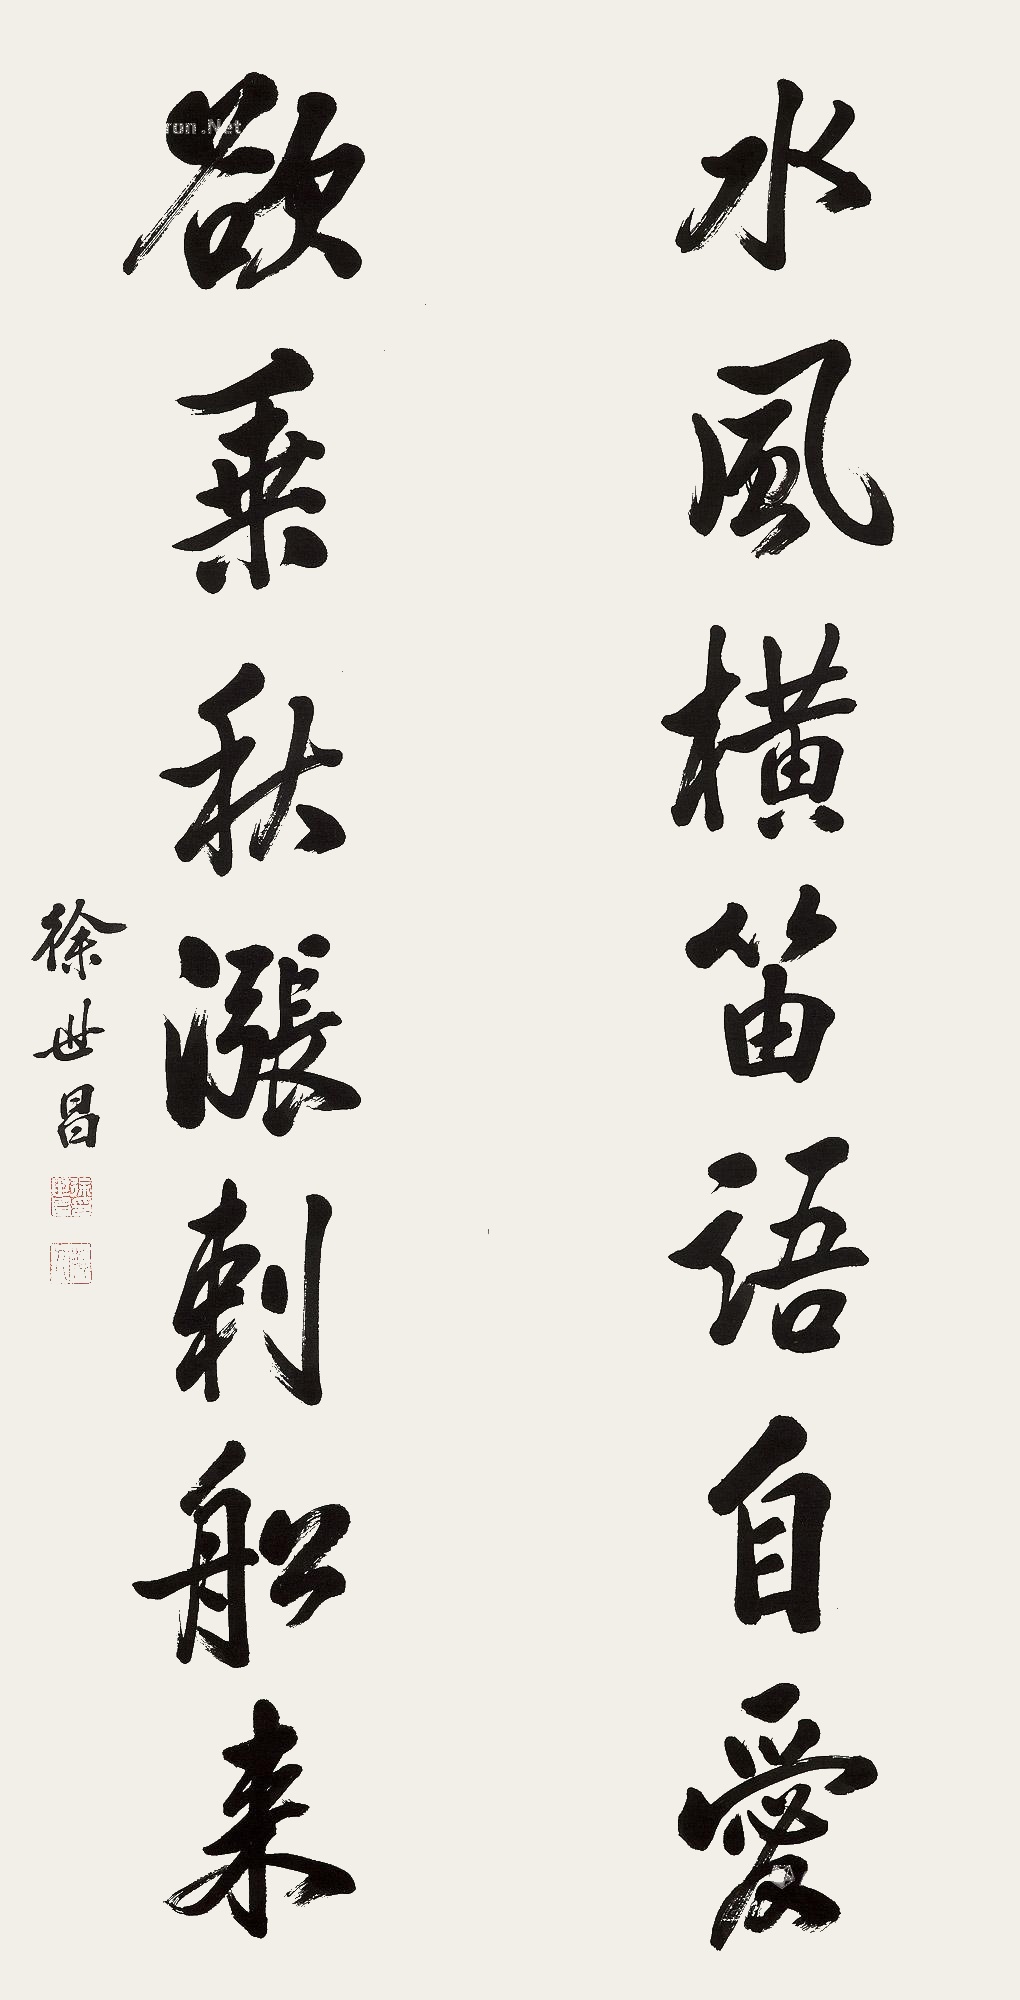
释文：水风横笛语自爱，欲乘秋涨刺船来。徐世昌。